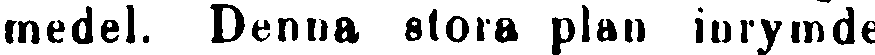
medel. Denna stora plan inrymde